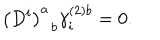
\left( D ^ { i } \right) _ { \; \; b } ^ { a } \gamma _ { i } ^ { \left( 2 \right) b } = 0 .